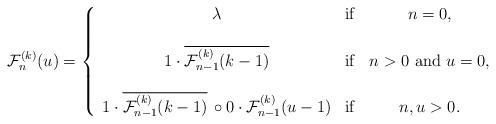
LaTeX: \begin{align*}\mathcal F_n^{(k)}(u)=\left\{\begin {array}{ccc}\lambda & {\rm if} & n=0,\\ \\1\cdot \overline{\mathcal F_{n-1}^{(k)}(k-1)}& {\rm if} & n>0 {\ \rm and\ } u=0,\\ \\1\cdot \overline{\mathcal F_{n-1}^{(k)}(k-1)}\,\circ0\cdot \mathcal F_{n-1}^{(k)}(u-1)& {\rm if} & n,u>0.\\\end {array}\right.\end{align*}